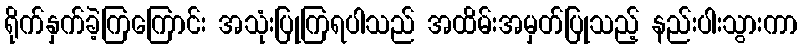
ရိုက်နှက်ခဲ့ကြကြောင်း အသုံးပြုကြရပါသည် အထိမ်းအမှတ်ပြုသည့် နည်းပါးသွားကာ